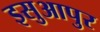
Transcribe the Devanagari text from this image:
इसुआपुर